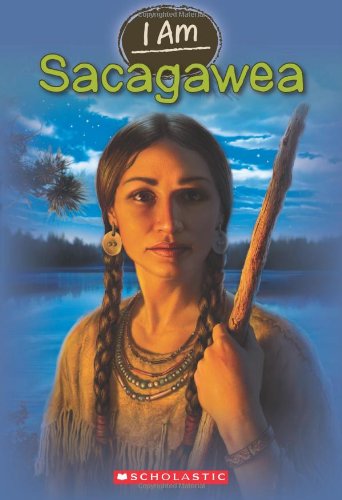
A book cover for I Am #1: Sacagawea; Grace Norwich; Children's Books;